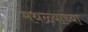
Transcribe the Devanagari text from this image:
मथळ्याच्या